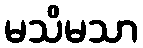
မသိမသာ